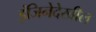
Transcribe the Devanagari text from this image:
इंजिनेदेखील